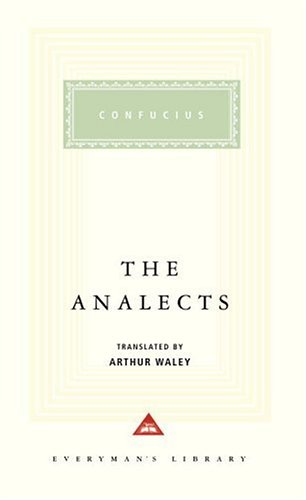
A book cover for The Analects (Everyman's Library); Confucius; Religion & Spirituality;